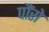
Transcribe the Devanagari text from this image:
पौंसे